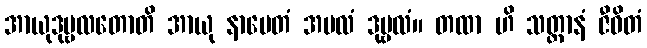
အာယုဒုဗ္ဗလတောတိ အာယု နာမေတံ အဗလံ ဒုဗ္ဗလံ။ တထာ ဟိ သတ္တာနံ ဇီဝိတံ